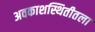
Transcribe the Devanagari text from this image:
अवकाशस्थितीतला